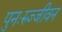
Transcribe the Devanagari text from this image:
पुनःरुज्जीवन